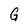
Character: G